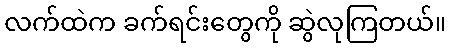
လက်ထဲက ခက်ရင်းတွေကို ဆွဲလုကြတယ်။